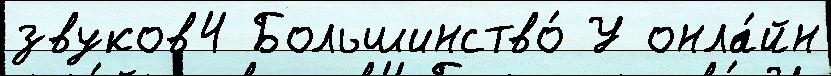
звуков4 Большинство́ У онла́йн